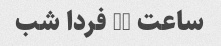
ساعت 20 فردا شب